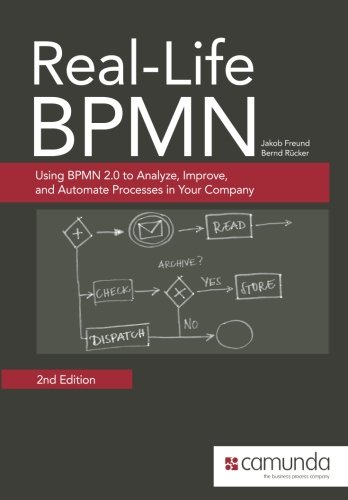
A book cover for Real-Life BPMN: Using BPMN 2.0 to Analyze, Improve, and Automate Processes in Your Company; Jakob Freund; Computers & Technology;